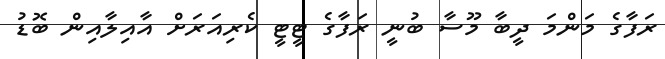
ރަފާގެ މަންމަ ދީބާ މޫސާ ބުނީ ރަފާގެ ޓީޓީ ކެރިއަރަށް އާއިލާއިން ބޮޑު